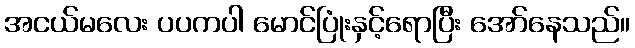
အငယ်မလေး ပပကပါ မောင်ပြုံးနှင့်ရောပြီး အော်နေသည်။